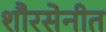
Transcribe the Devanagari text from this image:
शौरसेनीत